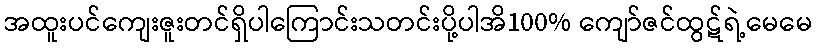
အထူးပင်ကျေးဇူးတင်ရှိပါကြောင်းသတင်းပို့ပါအိ100% ကျော်ဇင်ထွဋ်ရဲ့မေမေ